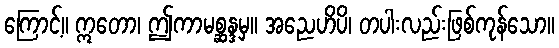
ကြောင့်။ ဣတော၊ ဤကာမစ္ဆန္ဒမှ။ အညေဟိပိ၊ တပါးလည်းဖြစ်ကုန်သော။